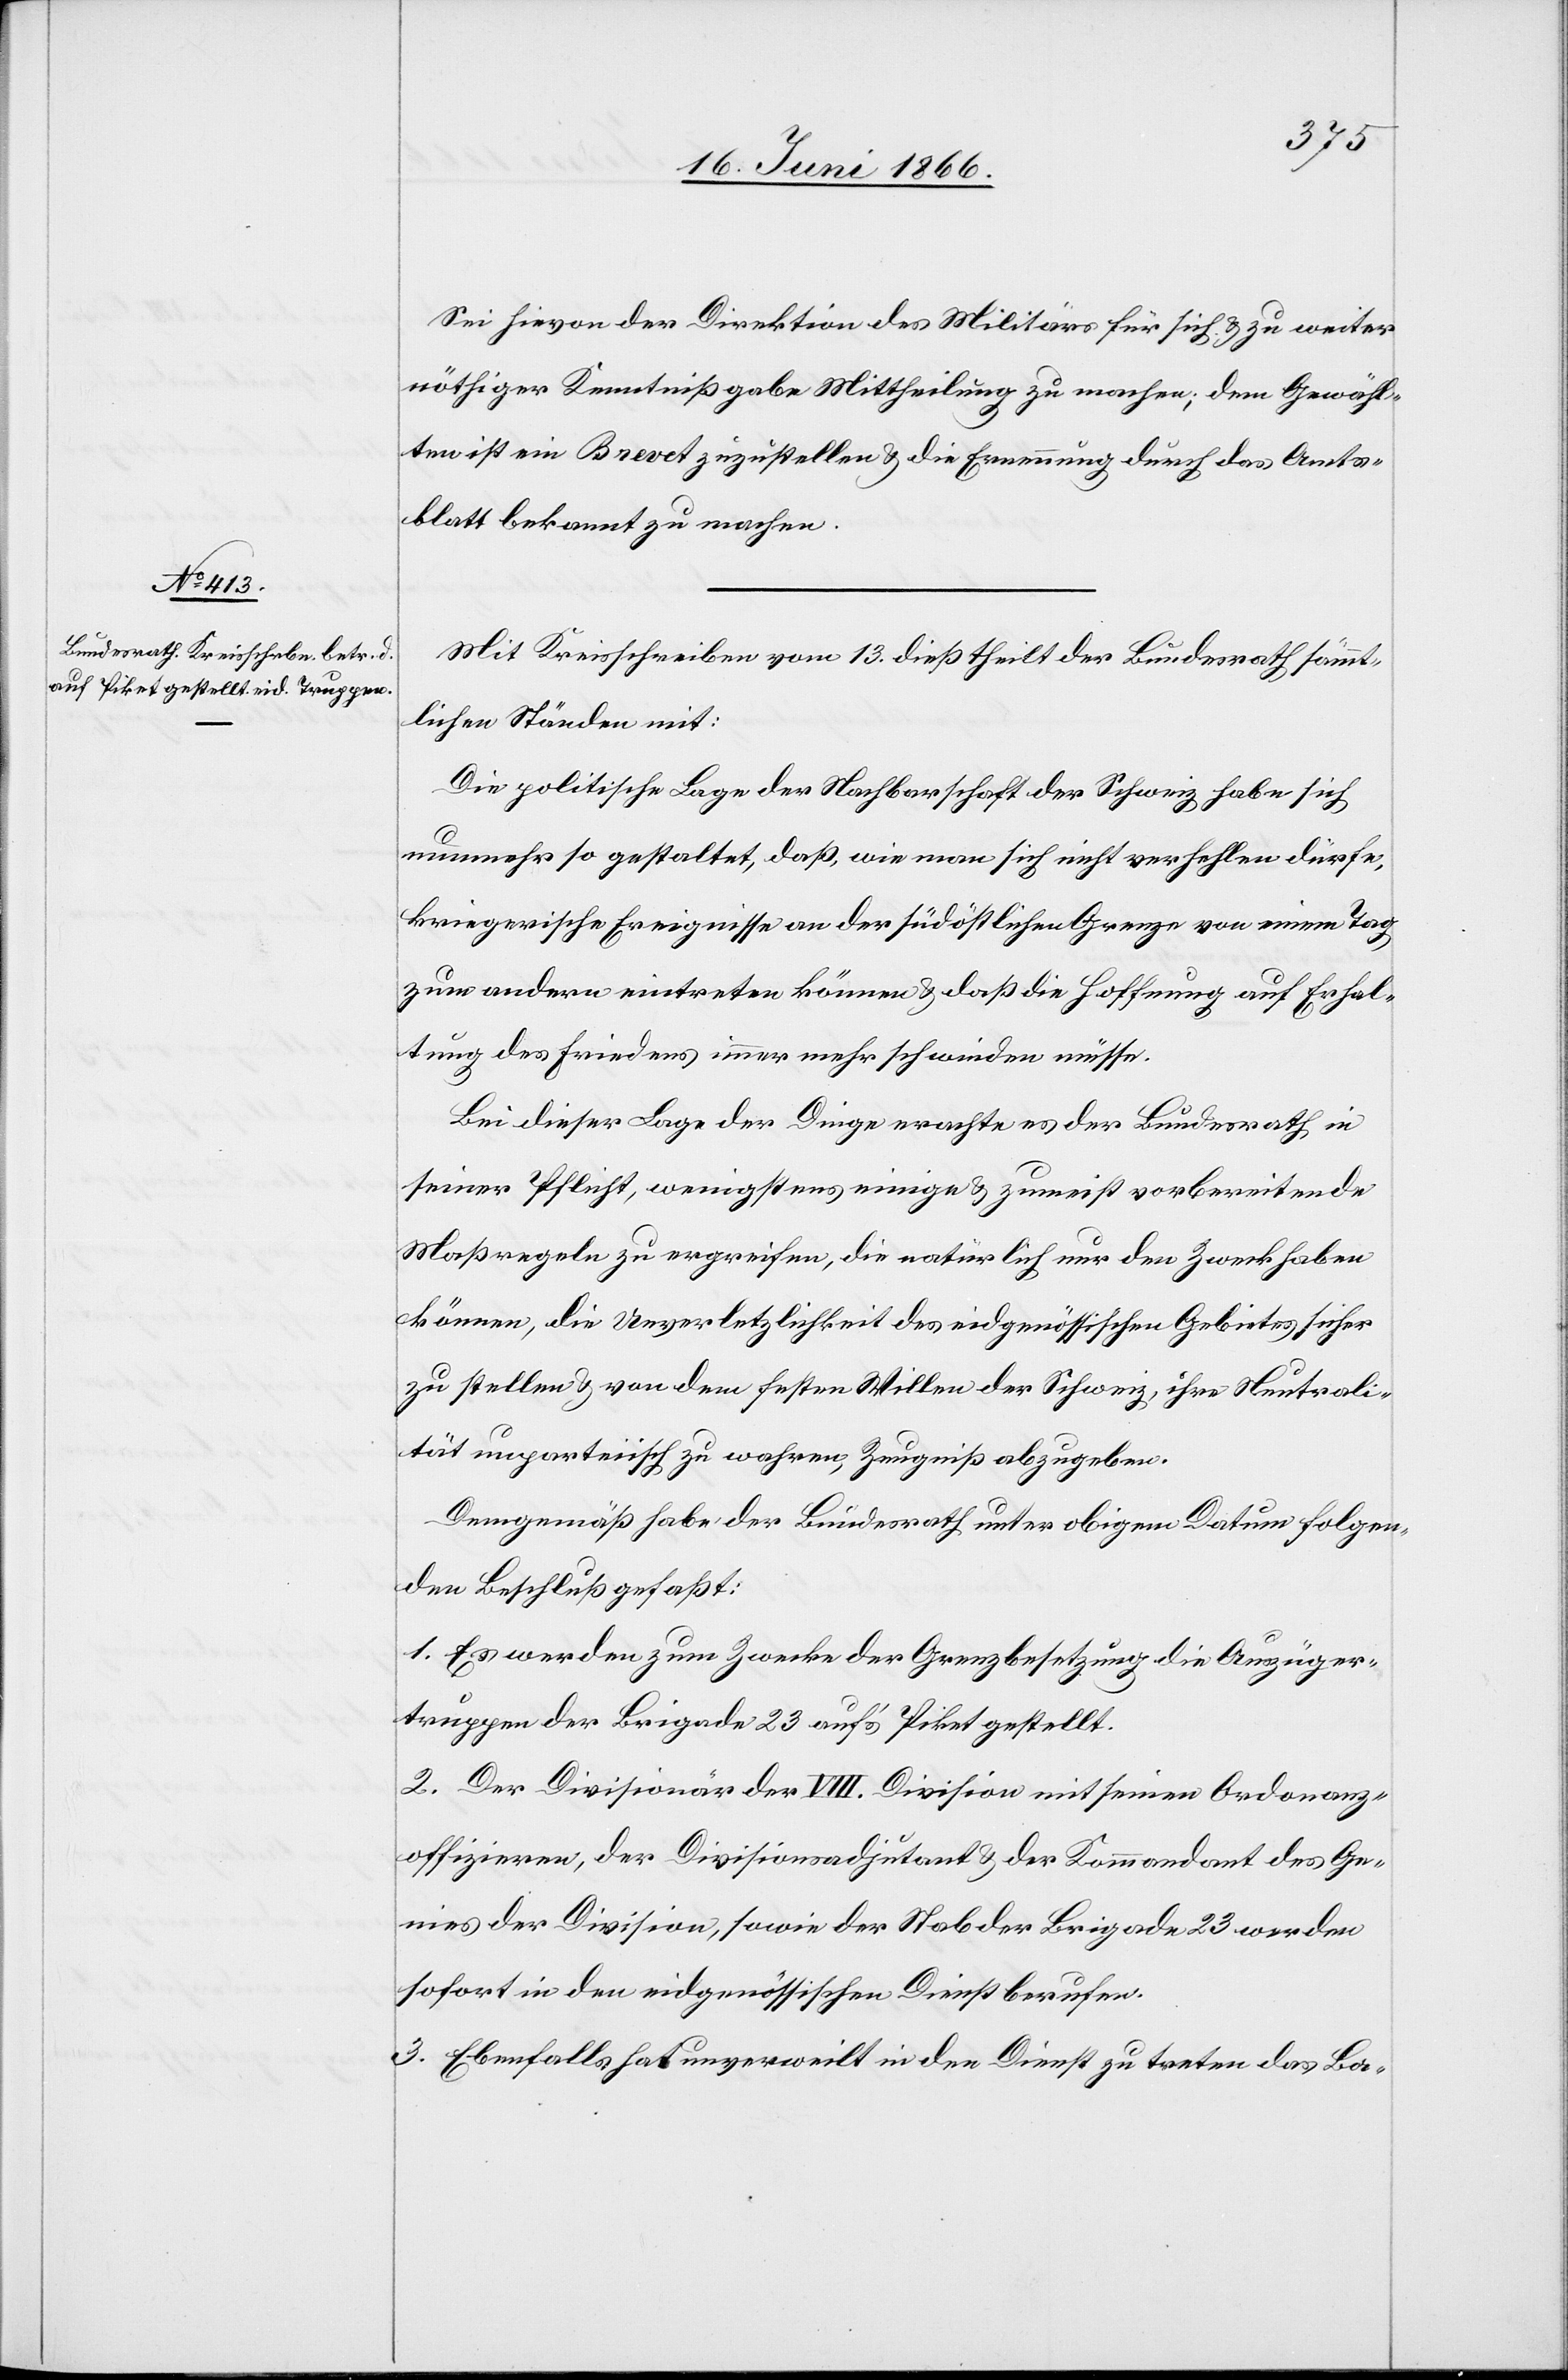
Sei hievon der Direktion des Militärs für sich u. zu weiter
nöthiger Kenntnißgabe Mittheilung zu machen; dem Gewähl¬
ten ist ein Brevet zuzustellen u. die Ernennung durch das Amts¬
blatt bekannt zu machen.
Mit Kreisschreiben vom 13. dieß theilt der Bundesrath sämmt¬
lichen Ständen mit:
Die politische Lage der Nachbarschaft der Schweiz habe sich
nunmehr so gestaltet, daß, wie man sich nicht verhehlen dürfe,
kriegerische Ereignisse an der südöstlichen Grenze von einem Tag
zum andern eintreten können u. daß die Hoffnung auf Erhal¬
tung des Friedens immer mehr schwinden müsse.
Bei dieser Lage der Dinge erachte es der Bundesrath in
seiner Pflicht, wenigstens einige u. zumeist vorbereitende
Maßregeln zu ergreifen, die natürlich nur den Zweck haben
können, die Unverletzlichkeit des eidgenössischen Gebietes sicher
zu stellen u. von dem festen Willen der Schweiz, ihre Neutrali¬
tät unparteiisch zu wahren, Zeugniß abzugeben.
Demgemäß habe der Bundesrath unter obigem Datum folgen¬
den Beschluß gefaßt:
1. Es werden zum Zwecke der Grenzbesetzung die Auszüger¬
truppen der Brigade 23 auf’s Piket gestellt.
2. Der Divisionär der VIII. Division mit seinen Ordonanz¬
offizieren, der Divisionsadjutant u. der Kommandant des Ge¬
nies der Division, sowie der Stab der Brigade 23 werden
sofort in den eidgenössischen Dienst berufen.
3. Ebenfalls hat unverweilt in den Dienst zu treten das Ba-